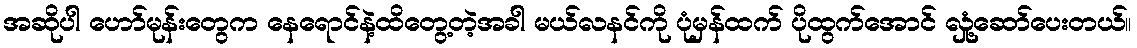
အဆိုပါ ဟော်မုန်းတွေက နေရောင်နဲ့ထိတွေ့တဲ့အခါ မယ်လနင်ကို ပုံမှန်ထက် ပိုထွက်အောင် လှုံ့ဆော်ပေးတယ်။